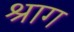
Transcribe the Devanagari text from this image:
श्राग